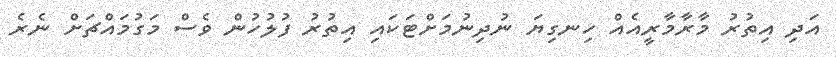
އަދި އިތުރު މާރާމާރީއެއް ހިނގިޔަ ނުދިނުމަށްޓަކައި އިތުރު ފުލުހުން ވެސް މަގުމައްޗަށް ނެރެ